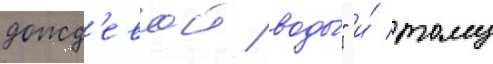
дожд'евои воды́" и́ тому